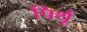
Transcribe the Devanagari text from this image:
पिर्थू